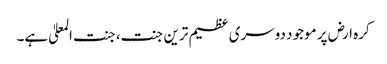
کرہ ارض پر موجود دوسری عظیم ترین جنت، جنت المعلیٰ ہے۔